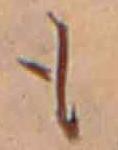
も